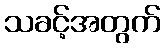
သခင့်အတွက်